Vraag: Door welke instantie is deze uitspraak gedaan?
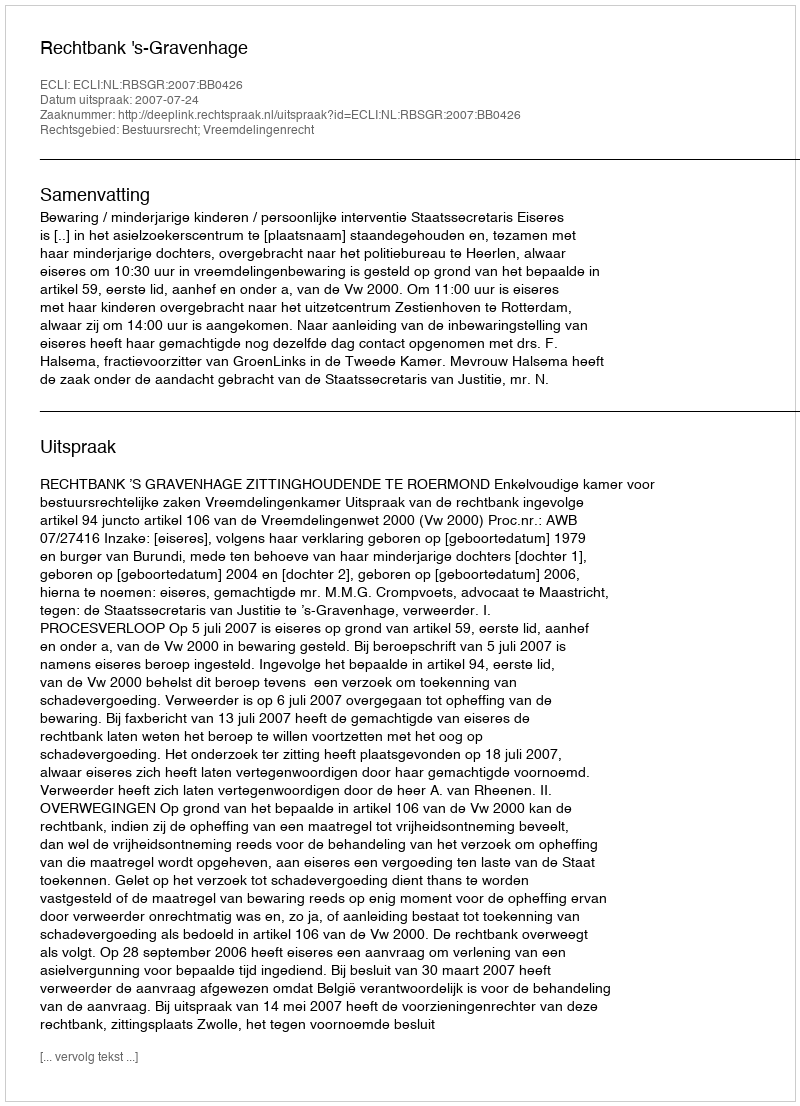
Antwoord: Rechtbank 's-Gravenhage